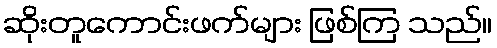
ဆိုးတူကောင်းဖက်များ ဖြစ်ကြ သည်။